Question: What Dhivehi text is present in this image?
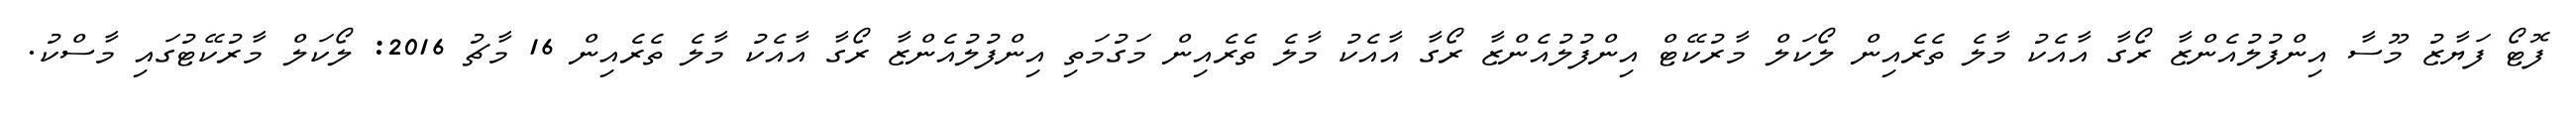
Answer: ފޮޓޯ ފަޔާޒު މޫސާ އިންފުލުއެންޒާ ރޯގާ އާއެކު މާލެ ތެރެއިން ލޯކަލް މާރުކޭޓް އިންފުލުއެންޒާ ރޯގާ އާއެކު މާލެ ތެރެއިން މަގުމަތި އިންފުލުއެންޒާ ރޯގާ އާއެކު މާލެ ތެރެއިން 16 މާޗު 2016: ލޯކަލް މާރުކޭޓުގައި މާސްކު.